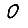
Digit: 0